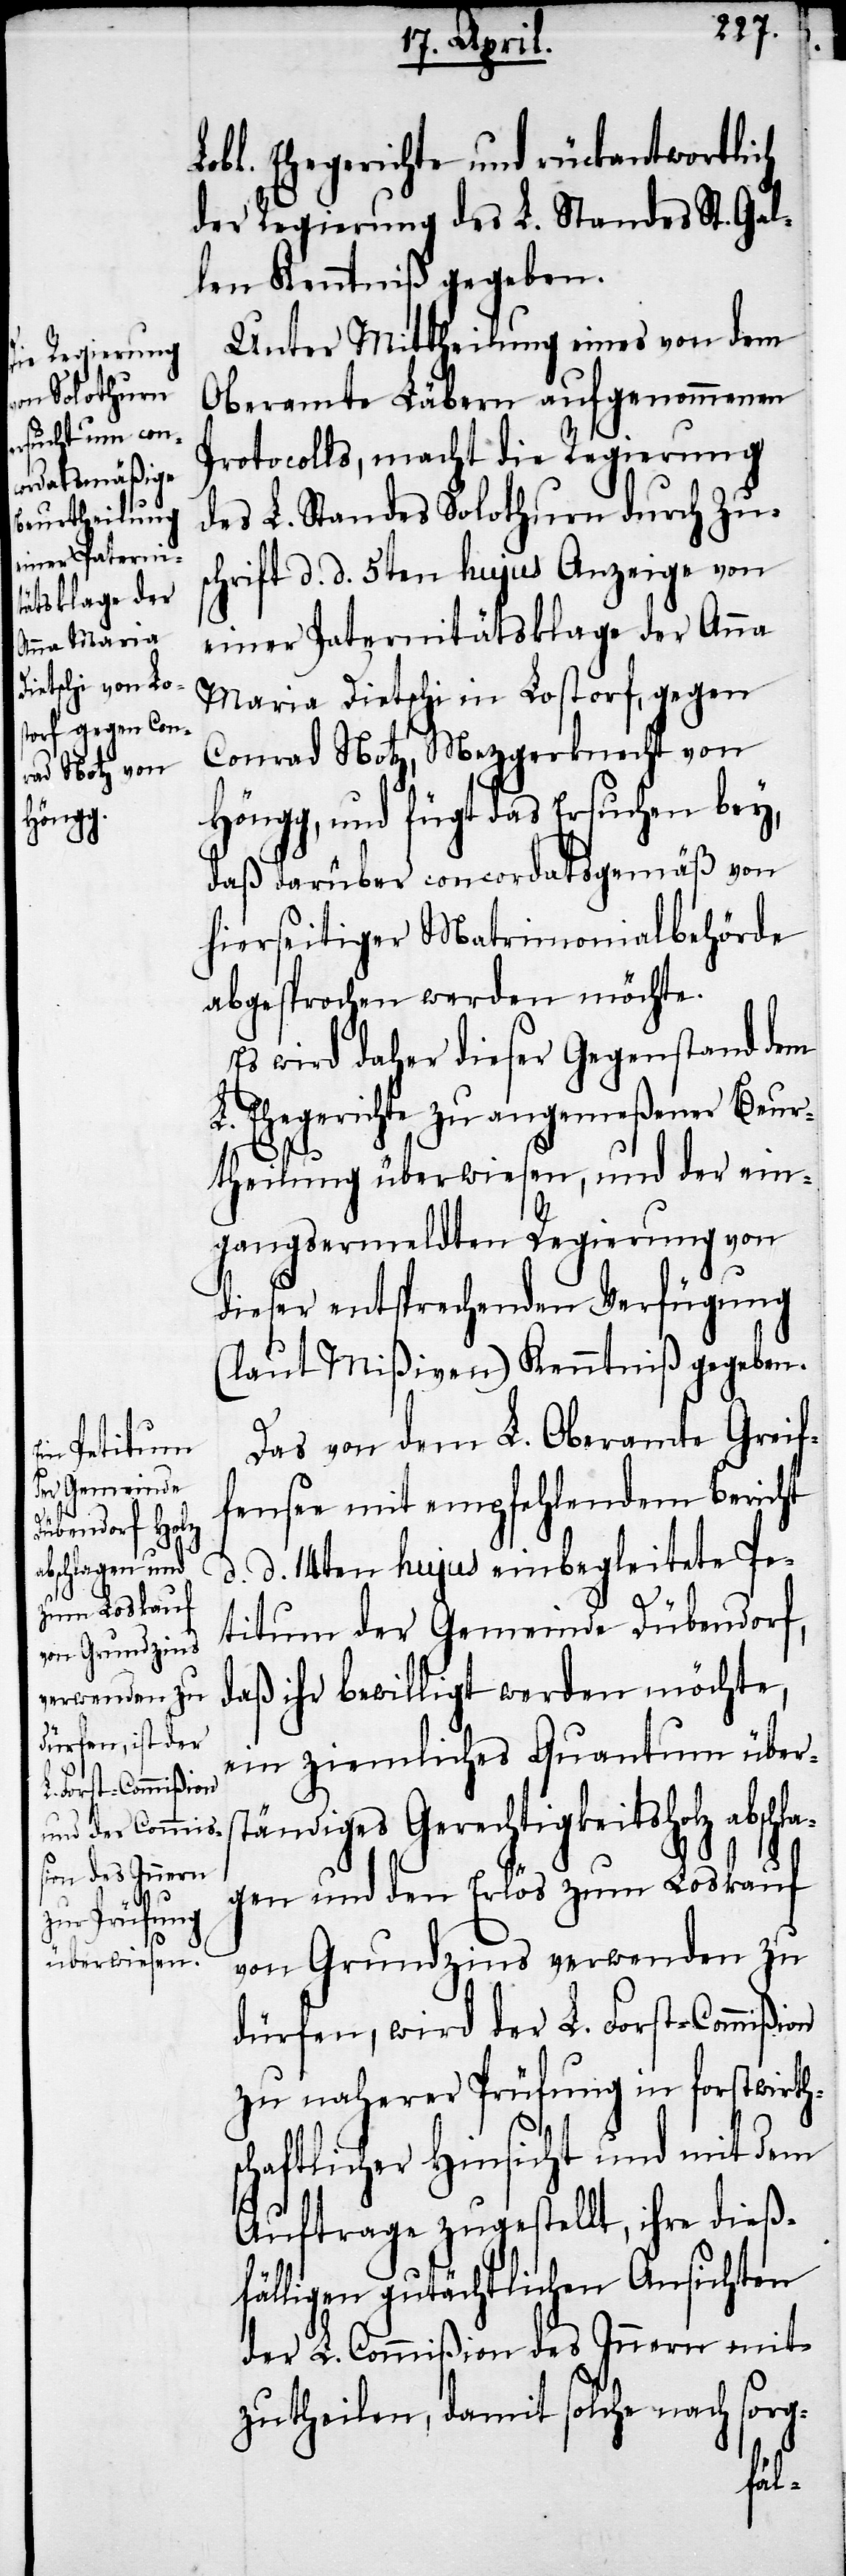
Lobl. Ehegerichte und rückantwortlich
der Regierung des L. Standes St. Gal¬
len Kenntniß gegeben.
Unter Mittheilung eines von dem
Oberamte Läbern aufgenommenen
Protocolls, macht die Regierung
des L. Standes Solothurn durch Zus¬
chrift d. d. 5ten hujus Anzeige von
einer Paternitätsklage der Anna
Maria Dietschi in Lostorf, gegen
Conrad Hotz, Mezgerknecht von
Höngg, und fügt das Ersuchen bey,
daß darüber concordatsgemäß von
hierseitiger Matrimonialbehörde
abgesprochen werden möchte.
Es wird daher dieser Gegenstand dem
L. Ehegerichte zu angemeßener Beur¬
theilung überwiesen, und der ein¬
gangsermeldten Regierung von
dieser entsprechenden Verfügung
(laut Mißiven) Kenntniß gegeben.
Das von dem L. Oberamte Greif¬
fensee mit empfehlendem Bericht
d. d. 14ten hujus einbegleitete Pe¬
titum der Gemeinde Dübendorf,
daß ihr bewilligt werden möchte,
ein ziemliches Quantum übers¬
tändiges Gerechtigkeitsholz abschla¬
gen und den Erlös zum Loskauf
von Grundzins verwenden zu
dürfen, wird der L. Forst-Commißion
zu naherer Prüfung in forstwirts¬
chaftlicher Hinsicht und mit dem
Auftrage zugestellt, ihre dieß¬
fälligen gutächtlichen Ansichten
der L. Commißion des Innern mit¬
zutheilen, damit solche nach sorg-